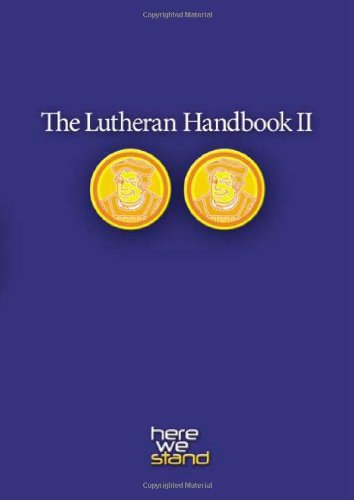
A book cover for The Lutheran Handbook II; Kristofer Skrade; Christian Books & Bibles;